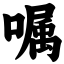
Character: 嘱